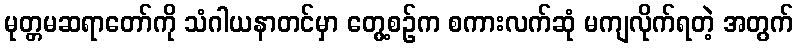
မုတ္တမဆရာတော်ကို သံဂါယနာတင်မှာ တွေ့စဉ်က စကားလက်ဆုံ မကျလိုက်ရတဲ့ အတွက်